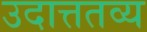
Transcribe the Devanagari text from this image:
उदात्ततव्य